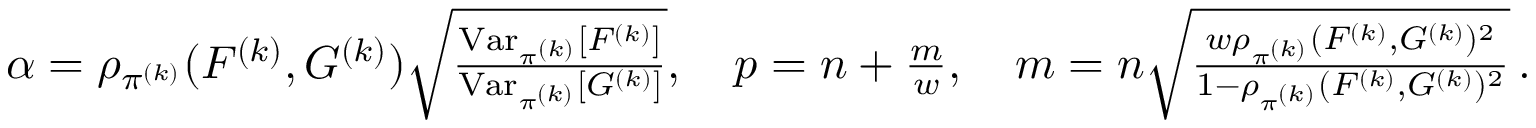
\begin{array} { r } { \alpha = \rho _ { \pi ^ { ( k ) } } ( F ^ { ( k ) } , G ^ { ( k ) } ) \sqrt { \frac { \operatorname { V a r } _ { \pi ^ { ( k ) } } [ F ^ { ( k ) } ] } { \operatorname { V a r } _ { \pi ^ { ( k ) } } [ G ^ { ( k ) } ] } } , \quad p = n + \frac { m } { w } , \quad m = n \sqrt { \frac { w \rho _ { \pi ^ { ( k ) } } ( F ^ { ( k ) } , G ^ { ( k ) } ) ^ { 2 } } { 1 - \rho _ { \pi ^ { ( k ) } } ( F ^ { ( k ) } , G ^ { ( k ) } ) ^ { 2 } } } \, . } \end{array}